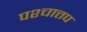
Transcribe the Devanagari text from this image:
पश्चात्तप